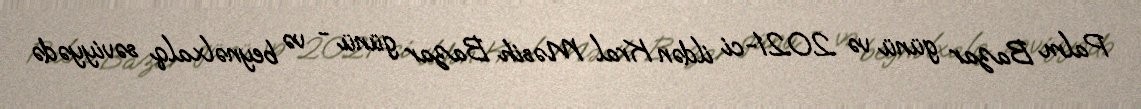
Palm Bazar günü və 2021-ci ildən Kral Məsih Bazar günü - və beynəlxalq səviyyədə